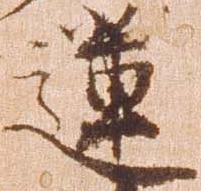
蓮